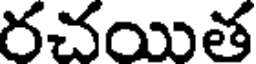
రచయిత